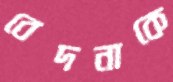
বেদনাকে